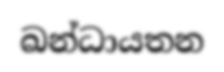
ඛන්ධායතන